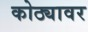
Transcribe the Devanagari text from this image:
कोठ्यावर